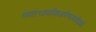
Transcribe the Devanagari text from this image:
गावात१प्राथमिकआरोग्यउपकेंद्रआहे